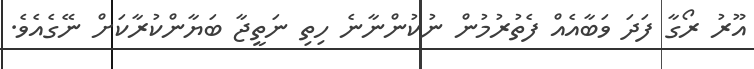
އޫރު ރޯގާ ފަދަ ވަބާއެއް ފެތުރުމުން ނުކުންނާނެ ހިތި ނަތީޖާ ބަޔާންކުރާކަށް ނޭގެއެވެ.